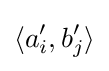
\langle a'_{i},b'_{j}\rangle